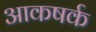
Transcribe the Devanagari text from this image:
आकषर्क